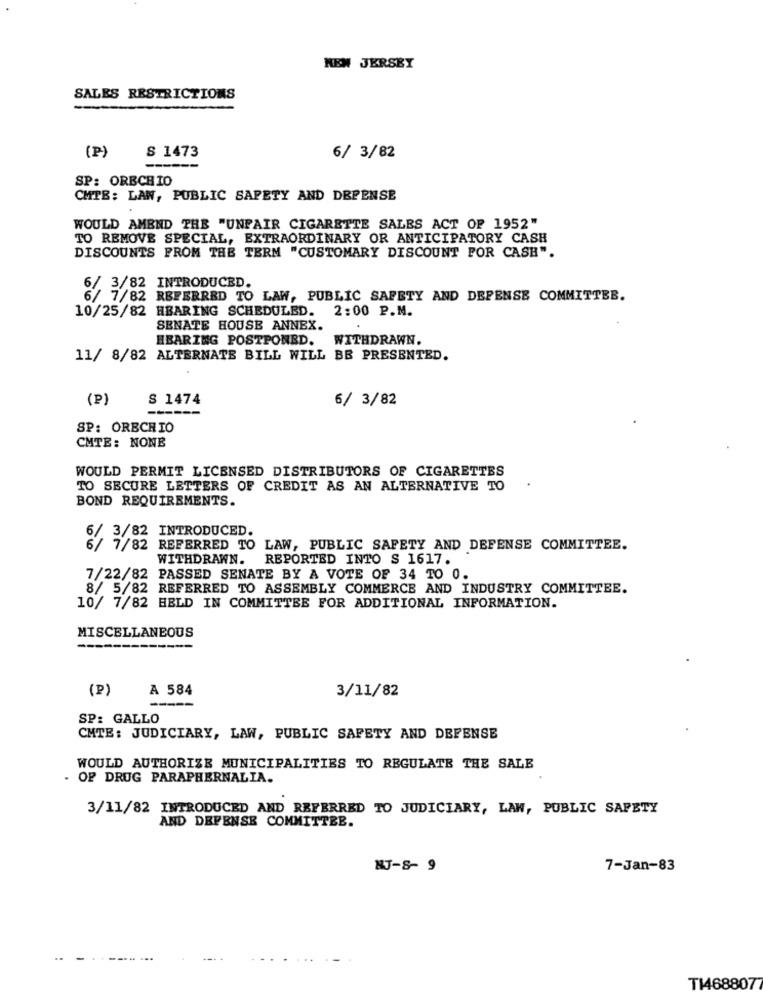
NEW JERSEY
SALES RESTRICTIONS
(P)
S 1473
6/ 3/82
---
SP: ORECHIO
CMTB: LAW, PUBLIC SAFETY AND DEPENSE
WOULD AMEND THE "UNFAIR CIGARETTE SALES ACT OF 1952"
TO REMOVE SPECIAL, EXTRAORDINARY OR ANTICIPATORY CASH
DISCOUNTS FROM THE TERM "CUSTOMARY DISCOUNT POR CASH".
6/ 3/82 INTRODUCED.
6/ 7/82 REFERRED TO LAW, PUBLIC SAFETY AND DEFENSE COMMITTEE.
10/25/82 HBARING SCHEDULED. 2:00 P.M.
SENATE HOUSE ANNEX.
HBARING POSTPONED. WITHDRAWN.
11/ 8/82 ALTERNATE BILL WILL BE PRESENTED.
(P)
S 1474
6/ 3/82
SP: ORECHIO
CMTE: NONE
WOULD PERMIT LICENSED DISTRIBUTORS OF CIGARETTES
TO SECURE LETTERS OF CREDIT AS AN ALTERNATIVE TO
BOND REQUIREMENTS.
6/ 3/82 INTRODUCED.
6/ 7/82 REFERRED TO LAW, PUBLIC SAFETY AND DEFENSE COMMITTEE.
WITHDRAWN. REPORTED INTO S 1617.
7/22/82 PASSED SENATE BY A VOTE OF 34 TO 0.
8/ 5/82 REFERRED TO ASSEMBLY COMMERCE AND INDUSTRY COMMITTEE.
10/ 7/82 HELD IN COMMITTEE FOR ADDITIONAL INFORMATION.
MISCELLANEOUS
-----
(P)
A 584
3/11/82
SP: GALLO
CMTE: JUDICIARY, LAW, PUBLIC SAFETY AND DEFENSE
WOULD AUTHORIZE MUNICIPALITIES TO REGULATE THE SALE
OF DRUG PARAPHERNALIA.
3/11/82 INTRODUCED AND REFERRED TO JUDICIARY, LAW, PUBLIC SAFETY
AND DEFENSE COMMITTEE.
NJ-8- 9
7-Jan-83
..
----
TI4688077